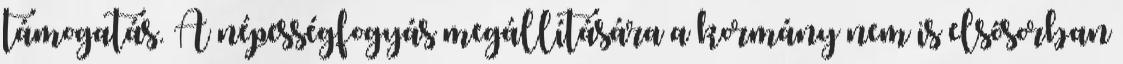
támogatás. A népességfogyás megállítására a kormány nem is elsősorban